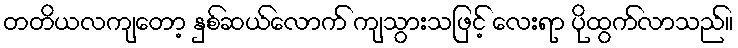
တတိယလကျတော့ နှစ်ဆယ်လောက် ကျသွားသဖြင့် လေးရာ ပိုထွက်လာသည်။